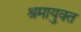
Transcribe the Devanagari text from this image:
श्रमायुक्त